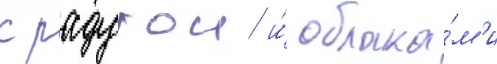
с радугои и́ облака́м'и